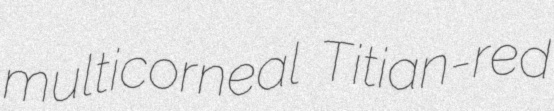
multicorneal Titian-red